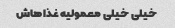
خیلی خیلی معمولیه غذاهاش